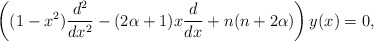
\begin{align*} \left((1-x^{2})\frac{d^2}{dx^2}-(2\alpha+1)x\frac{d}{dx} +n(n+2\alpha)\right) y(x)=0,\end{align*}